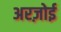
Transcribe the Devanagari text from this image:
अरज़ोई